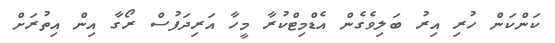
ކަންކަން ހުރި އިރު ބަލިވެގެން އެޑްމިޓްކުރާ މީހާ އަރިދަފުސް ރޯގާ އިން އިތުރަށް